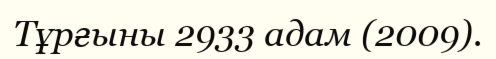
Тұрғыны 2933 адам (2009).